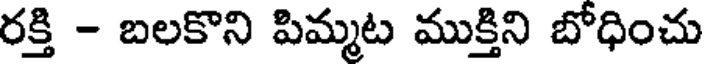
రక్తి - బలకొని పిమ్మట ముక్తిని బోధించు